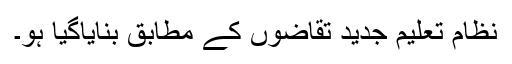
نظام تعلیم جدید تقاضوں کے مطابق بنایاگیا ہو۔